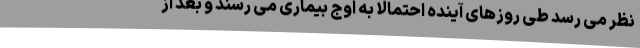
نظر می رسد طی روزهای آینده احتمالا به اوج بیماری می رسند و بعد از